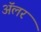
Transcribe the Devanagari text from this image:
ॲलर